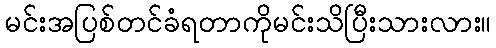
မင်းအပြစ်တင်ခံရတာကိုမင်းသိပြီးသားလား။